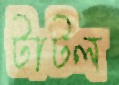
টাটল